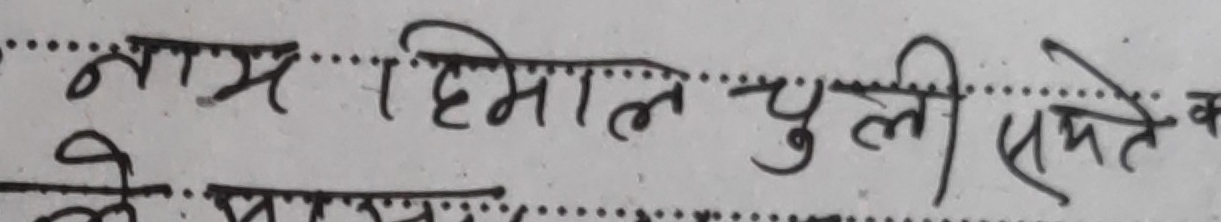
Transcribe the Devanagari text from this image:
नाम हिमाल चुली समेत क